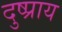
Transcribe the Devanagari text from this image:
दुष्प्राय